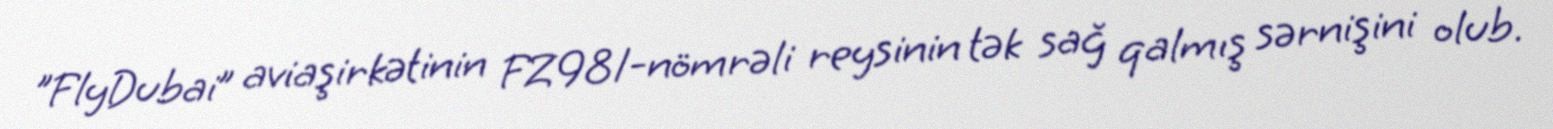
"FlyDubai” aviaşirkətinin FZ981-nömrəli reysinin tək sağ qalmış sərnişini olub.